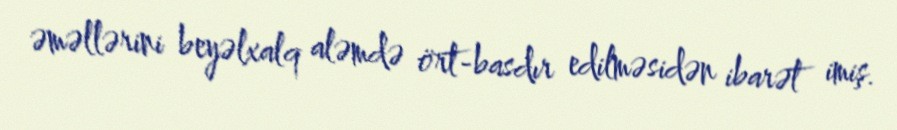
əməllərini beyəlxalq aləmdə ört-basdır edilməsidən ibarət imiş.